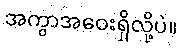
အကွာအဝေးရှိလို့ပဲ။